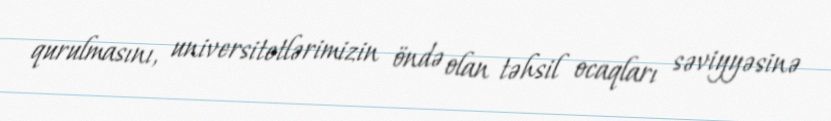
qurulmasını, universitetlərimizin öndə olan təhsil ocaqları səviyyəsinə